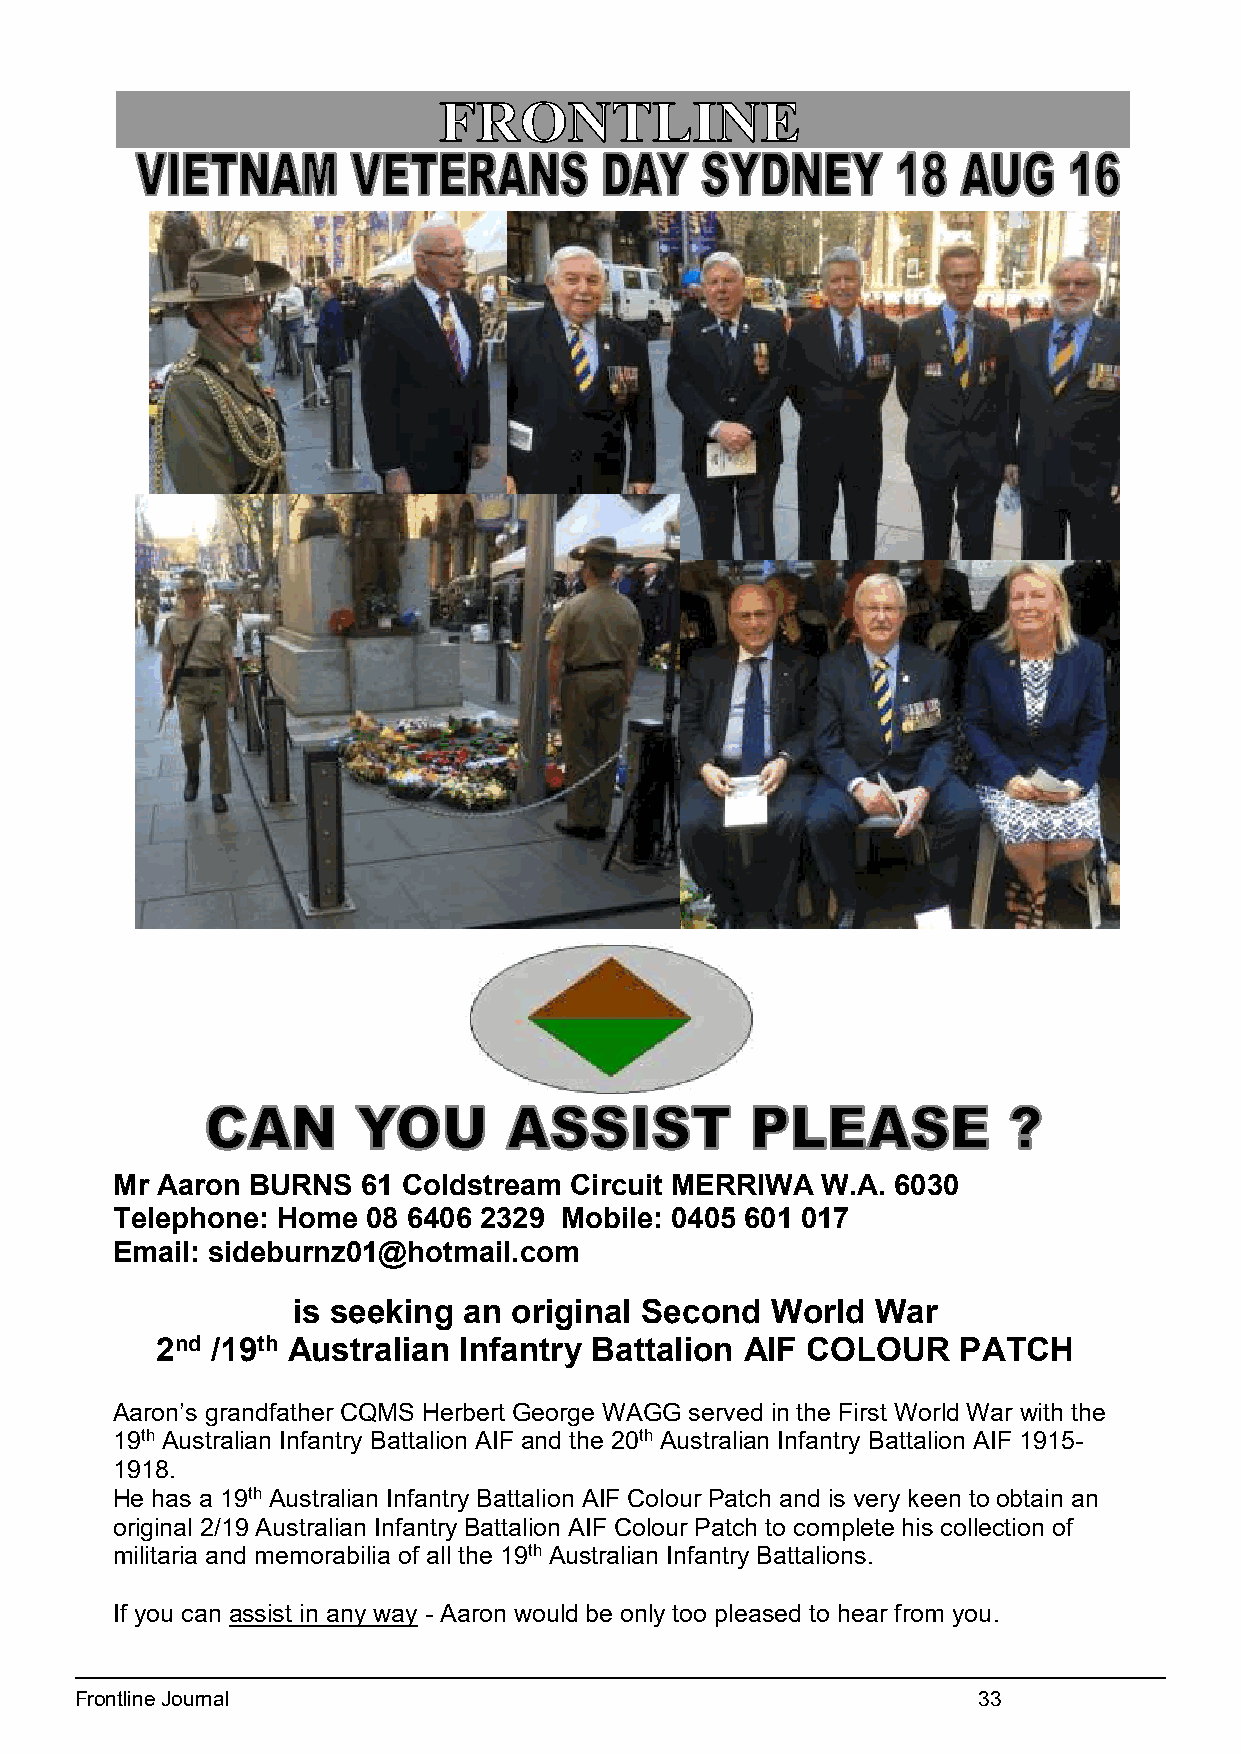
2
 Mr Aaron BURNS   61 Coldstream Circuit MERRIWA W.A. 6030
 Telephone: Home  08 6406 2329 Mobile: 0405 601 017
 Email: sideburnz01@hotmail.com
 is seeking  an original Second  World  War
 2nd /19th Australian Infantry Battalion AIF COLOUR   PATCH
 Aaron’s grandfather CQMS Herbert George WAGG served in the First World War with the
 19th Australian Infantry Battalion AIF and the 20th Australian Infantry Battalion AIF 1915-
 1918.
 He has a 19th Australian Infantry Battalion AIF Colour Patch and is very keen to obtain an
 original 2/19 Australian Infantry Battalion AIF Colour Patch to complete his collection of
 militaria and memorabilia of all the 19th Australian Infantry Battalions.
 If you can assist in any way - Aaron would be only too pleased to hear from you.
 19
 Frontline Journal                                           33